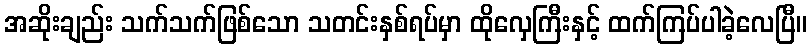
အဆိုးချည်း သက်သက်ဖြစ်သော သတင်းနှစ်ရပ်မှာ ထိုလှေကြီးနှင့် ထက်ကြပ်ပါခဲ့လေပြီ။